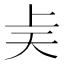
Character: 𫯝